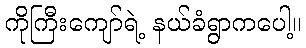
ကိုကြီးကျော်ရဲ့ နယ်ခံရွာကပေါ့။